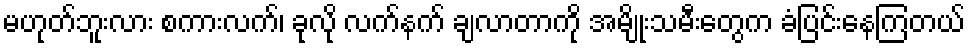
မဟုတ်ဘူးလား စကားလက်၊ ခုလို လက်နက် ချလာတာကို အမျိုးသမီးတွေက ခံပြင်းနေကြတယ်